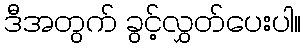
ဒီအတွက် ခွင့်လွှတ်ပေးပါ။